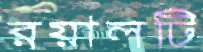
রয়ালটি